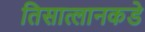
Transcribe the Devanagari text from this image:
तिसात्लानकडे